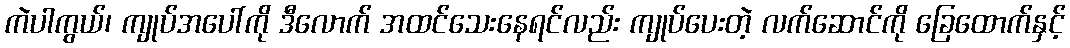
ကဲပါကွယ်၊ ကျုပ်အပေါ်ကို ဒီလောက် အထင်သေးနေရင်လည်း ကျုပ်ပေးတဲ့ လက်ဆောင်ကို ခြေထောက်နှင့်